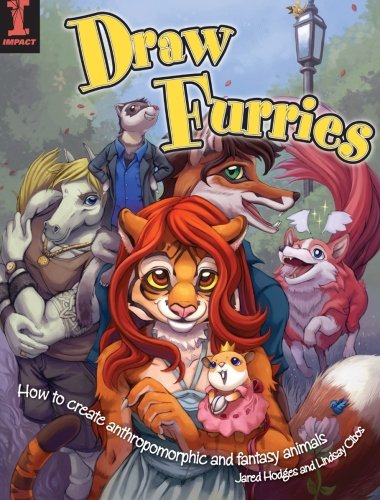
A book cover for Draw Furries: How to Create Anthropomorphic and Fantasy Animals; Lindsay Cibos; Comics & Graphic Novels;